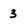
Character: 3